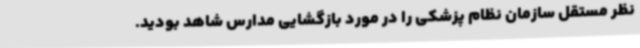
نظر مستقل سازمان نظام پزشکی را در مورد بازگشایی مدارس شاهد بودید.